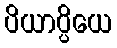
ပိယာပ္ပိယေ